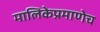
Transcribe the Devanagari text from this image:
मालिकेप्रमाणेच